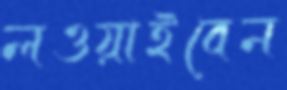
লওয়াইবেন